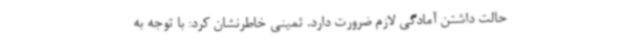
حالت داشتن آمادگی لازم ضرورت دارد. ثمینی خاطرنشان کرد: با توجه به